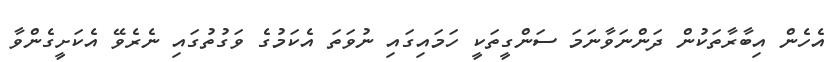
އެހެން އިބާރާތަކުން ދަންނަވާނަމަ ސަންގީތަކީ ހަމައިގައި ނުވަތަ އެކަމުގެ ވަގުތުގައި ނެރެވޭ އެކަށީގެންވާ